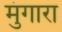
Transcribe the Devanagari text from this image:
मुंगारा